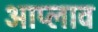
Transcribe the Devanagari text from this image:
आप्लाव